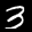
Label: 3